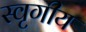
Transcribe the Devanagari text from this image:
स्वृगीय